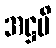
အဋ္ဌပိ